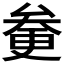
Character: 𠫿